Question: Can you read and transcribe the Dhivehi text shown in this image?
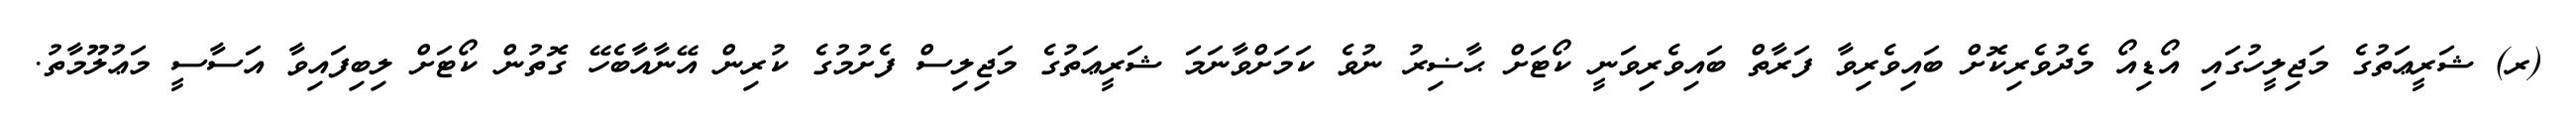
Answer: (ރ) ޝަރީޢަތުގެ މަޖިލީހުގައި އޯޑިއޯ މެދުވެރިކޮށް ބައިވެރިވާ ފަރާތް ބައިވެރިވަނީ ކޯޓަށް ޙާޟިރު ނުވެ ކަމަށްވާނަމަ ޝަރީޢަތުގެ މަޖިލިސް ފެށުމުގެ ކުރިން އޭނާއާބެހޭ ގޮތުން ކޯޓަށް ލިބިފައިވާ އަސާސީ މަޢުލޫމާތު.